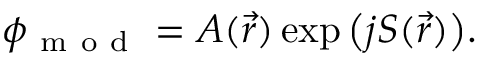
\phi _ { \mathrm { ~ m ~ o ~ d ~ } } = A ( \vec { r } ) \exp { \left( j S ( \vec { r } ) \right) } .